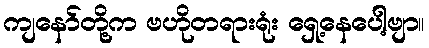
ကျနော်တို့က ဗဟိုတရားရုံး ရှေ့နေပေါ့ဗျာ။